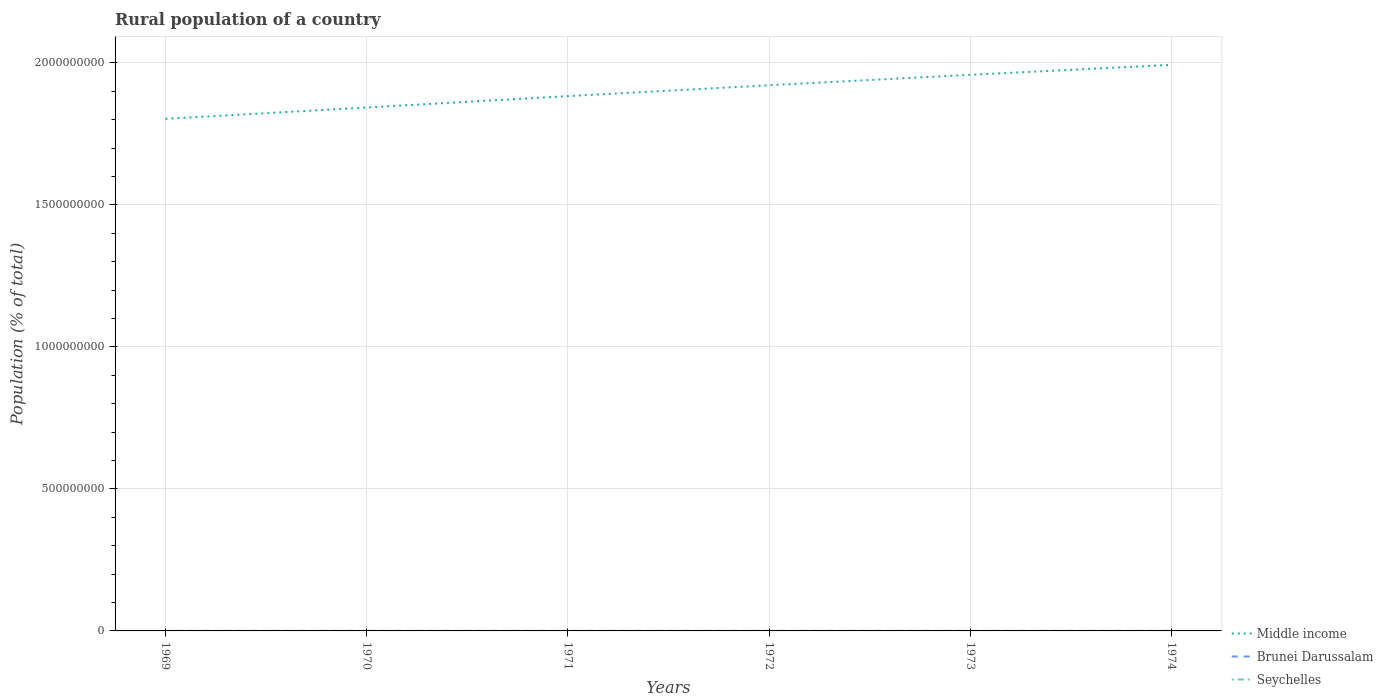
| Years | Middle income | Brunei Darussalam | Seychelles |
 | --- | --- | --- | --- |
 | 1969 | 1.8e+09 | 4.97e+04 | 3.25e+04 |
 | 1970 | 1.84e+09 | 4.97e+04 | 3.27e+04 |
 | 1971 | 1.88e+09 | 4.97e+04 | 3.27e+04 |
 | 1972 | 1.92e+09 | 5.21e+04 | 3.26e+04 |
 | 1973 | 1.96e+09 | 5.5e+04 | 3.25e+04 |
 | 1974 | 1.99e+09 | 5.8e+04 | 3.23e+04 |